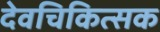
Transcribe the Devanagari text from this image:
देवचिकित्सक